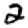
Digit: 2